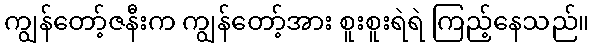
ကျွန်တော့်ဇနီးက ကျွန်တော့်အား စူးစူးရဲရဲ ကြည့်နေသည်။